Second report of the anti-malarial operations at Mian Mir, 1901-1903 - Number 9
Year: 1901
Disease focus: Malaria
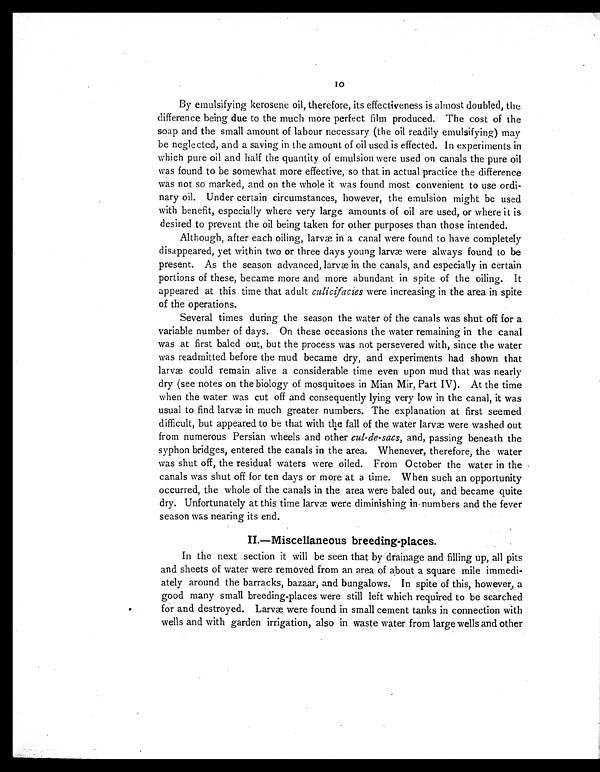
10
By emulsifying kerosene oil, therefore, its effectiveness is almost doubled, the
difference being due to the much more perfect film produced. The cost of the
soap and the small amount of labour necessary (the oil readily emulsifying) may
be neglected, and a saving in the amount of oil used is effected. In experiments in
which pure oil and half the quantity of emulsion were used on canals the pure oil
was found to be somewhat more effective, so that in actual practice the difference
was not so marked, and on the whole it was found most convenient to use ordi
- n a r y o i l . U n d e r c e r t a i n c i r c u m s t a n c e s , h o w e v e r , t h e e m u l s i o n m i g h t b e u s e d
with benefit, especially where very large amounts of oil are used, or where it is
desired to prevent the oil being taken for other purposes than those intended.
Although, after each oiling, larvæ in a canal were found to have completely
disappeared, yet within two or three days young larvæ were always found to be
present. As the season advanced, larvæ in the canals, and especially in certain
portions of these, became more and more abundant in spite of the oiling. It
appeared at this time that adult culicifacies were increasing in the area in spite
of the operations.
Several times during the season the water of the canals was shut off for a
variable number of days. On these occasions the water remaining in the canal
was at first baled out, but the process was not persevered with, since the water
was readmitted before the mud became dry, and experiments had shown that
larvæ could remain alive a considerable time even upon mud that was nearly
dry (see notes on the biology of mosquitoes in Mian Mir, Part IV). At the time
when the water was cut off and consequently lying very low in the canal, it was
usual t o f i nd l ar væ i n much gr eat er number s. The expl anat i on at f i r st seemed
difficult, but appeared to be that with the fall of the water larvæ were washed out
from numerous Persian wheels and other cul-de-sacs, and, passing beneath the
syphon bridges, entered the canals in the area. Whenever, therefore, the water
was shut off, the residual waters were oiled. From October the water in the
canals was shut off for ten days or more at a time. When such an opportunity
occurred, the whole of the canals in the area were baled out, and became quite
dry. Unfortunately at this time larvæ were diminishing in numbers and the fever
season was nearing its end.
II.—Miscellaneous breeding-places.
In the next section it will be seen that by drainage and filling up, all pits
and sheets of water were removed from an area of about a square mile immedi-
ately around the barracks, bazaar, and bungalows. In spite of this, however, a
good many small breeding-places were still left which required to be searched
for and destroyed. Larvæ were found in small cement tanks in connection with
wells and with garden irrigation, also in waste water from large wells and other